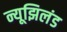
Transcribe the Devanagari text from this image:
न्यूझिलंड